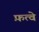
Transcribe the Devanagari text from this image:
फ़त्वे